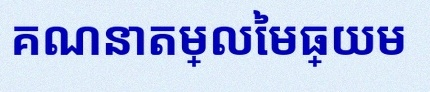
គណនាតម្លៃមធ្យម